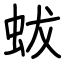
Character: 蛂